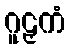
ဂူဠှကံ